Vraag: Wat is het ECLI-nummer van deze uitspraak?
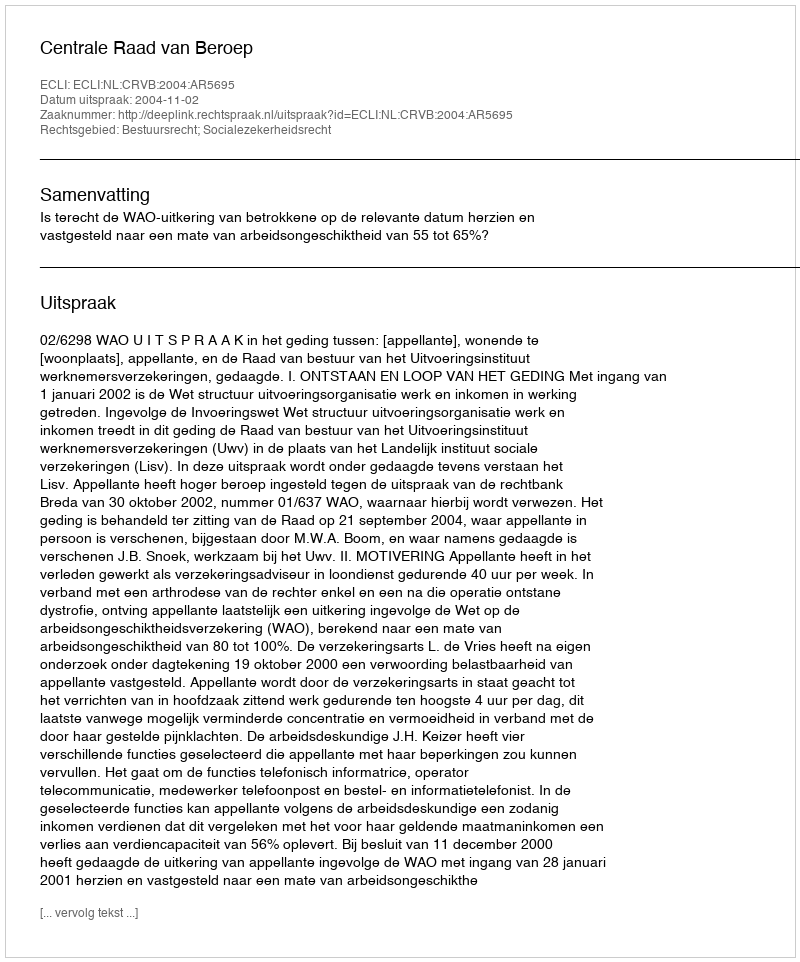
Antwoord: ECLI:NL:CRVB:2004:AR5695